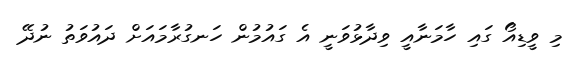
މި ވީޑިއޯ ގައި ހާމަނާއީ ވިދާޅުވަނީ އެ ގައުމުން ހަނގުރާމައަށް ދައުވަތު ނުދޭ